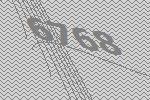
6768